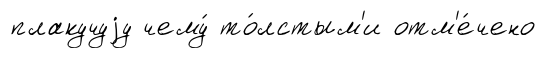
плакучуjу чему́ то́лстым'и отм'е́чено